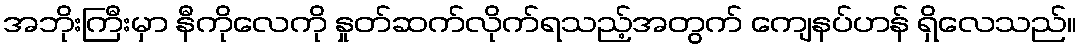
အဘိုးကြီးမှာ နီကိုလေကို နှုတ်ဆက်လိုက်ရသည့်အတွက် ကျေနပ်ဟန် ရှိလေသည်။